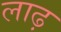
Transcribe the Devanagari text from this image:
लाढ़